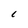
Character: L